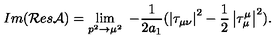
I m ( { \cal R } e s { \cal A } ) = \lim _ { p ^ { 2 } \rightarrow \mu ^ { 2 } } { \ - \frac 1 { 2 a _ { 1 } } ( \left| \tau _ { \mu \nu } \right| ^ { 2 } - \frac 1 2 \left| \tau _ { \mu } ^ { \mu } \right| ^ { 2 } ) . }